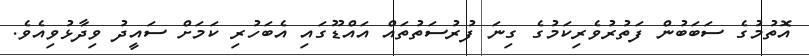
އޮތުމުގެ ސަބަބުން ފަތުރުވެރިކަމުގެ ގިނަ ފުރުސަތުތައް އައްޑޫގައި އެބަހުރި ކަަމަށް ސައީދު ވިދާޅުވިއެވެ.